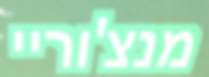
מנצ'וריי